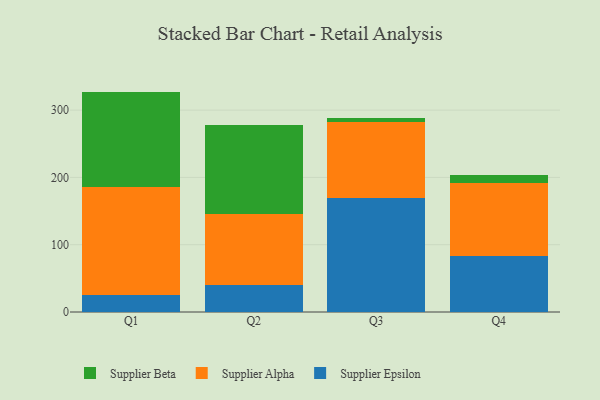
{"axis": {"x": "Quarter", "y": "Website Visitors"}, "legend": ["Supplier Alpha", "Supplier Beta", "Supplier Epsilon"], "data": [{"x": "Q1", "y": 25.1, "type": "Supplier Epsilon"}, {"x": "Q1", "y": 161.3, "type": "Supplier Alpha"}, {"x": "Q1", "y": 141.1, "type": "Supplier Beta"}, {"x": "Q2", "y": 39.7, "type": "Supplier Epsilon"}, {"x": "Q2", "y": 105.9, "type": "Supplier Alpha"}, {"x": "Q2", "y": 132.3, "type": "Supplier Beta"}, {"x": "Q3", "y": 170.0, "type": "Supplier Epsilon"}, {"x": "Q3", "y": 111.7, "type": "Supplier Alpha"}, {"x": "Q3", "y": 6.9, "type": "Supplier Beta"}, {"x": "Q4", "y": 82.9, "type": "Supplier Epsilon"}, {"x": "Q4", "y": 109.2, "type": "Supplier Alpha"}, {"x": "Q4", "y": 12.1, "type": "Supplier Beta"}]}